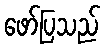
ဖော်ပြသည်